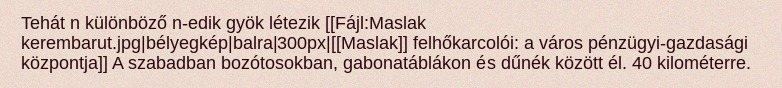
Tehát n különböző n-edik gyök létezik [[Fájl:Maslak kerembarut.jpg|bélyegkép|balra|300px|[[Maslak]] felhőkarcolói: a város pénzügyi-gazdasági központja]] A szabadban bozótosokban, gabonatáblákon és dűnék között él. 40 kilométerre.